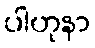
ပါဟုနာ